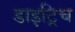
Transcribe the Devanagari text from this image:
डाइट्रिच